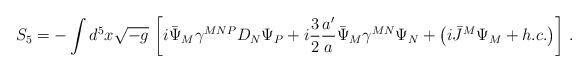
LaTeX: \begin{align*} S_5 = -\int d^5x\sqrt{-g}\, \left[i \bar\Psi_M\gamma^{MNP}D_N\Psi_{P} +i\frac{3}{2}\frac{a^\prime}{a} \bar\Psi_M\gamma^{MN} \Psi_{N}+\left(i\bar J^M \Psi_{M}+h.c.\right)\right]\, .\end{align*}